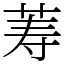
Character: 䓓